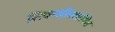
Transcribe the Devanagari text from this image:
शिवाजीस्थापित